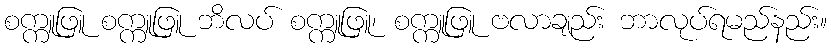
စက္ကူဖြူ စက္ကူဖြူ ဘိလပ် စက္ကူဖြူ၊ စက္ကူဖြူ ဗလာချည်း ဘာလုပ်ရမည်နည်း။